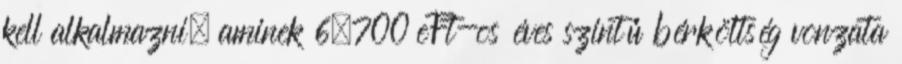
kell alkalmazni, aminek 6.700 eFt-os éves szintű bérköltség vonzata